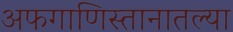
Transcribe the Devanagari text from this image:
अफगाणिस्तानातल्या